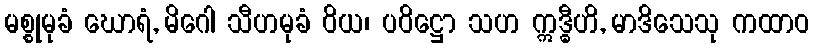
မစ္စုမုခံ ဃောရံ, မိဂေါ သီဟမုခံ ဝိယ၊ ပဝိဋ္ဌော သဟ ဣဒ္ဓီဟိ, မာဒိသေသု ကထာဝ